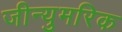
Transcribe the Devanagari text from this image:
जीन्युमरिक